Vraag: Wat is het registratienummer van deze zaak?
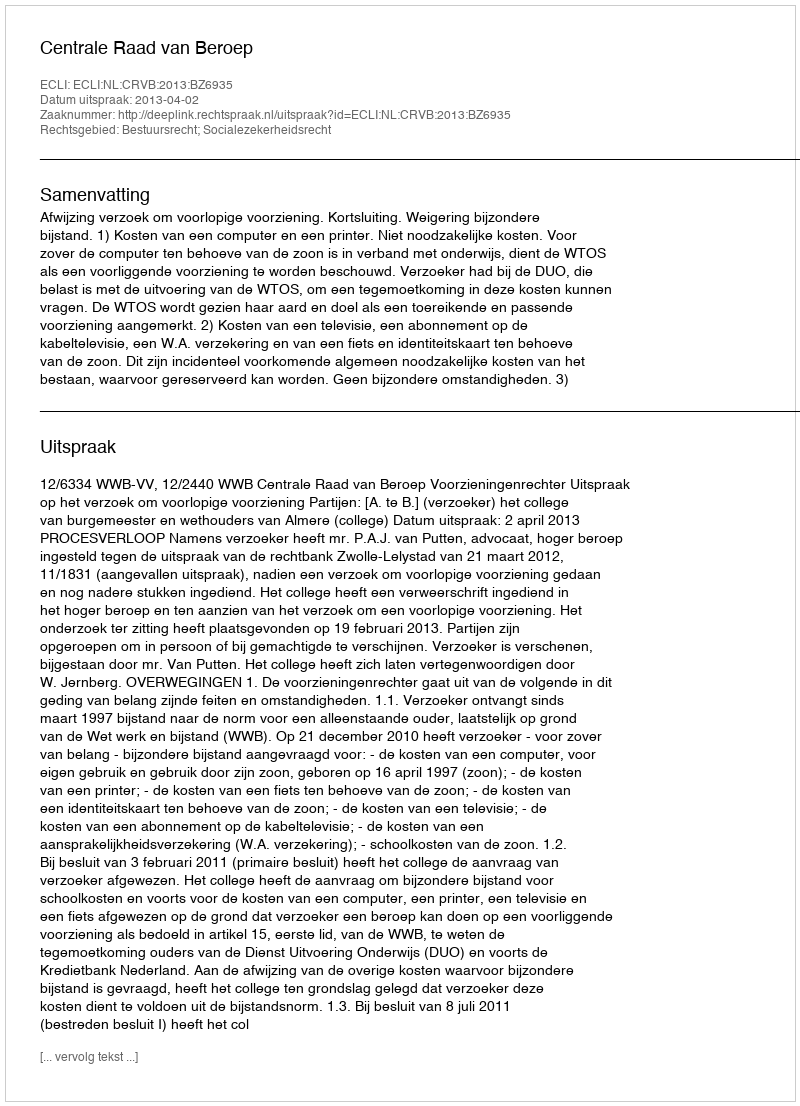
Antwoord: http://deeplink.rechtspraak.nl/uitspraak?id=ECLI:NL:CRVB:2013:BZ6935